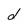
Character: d